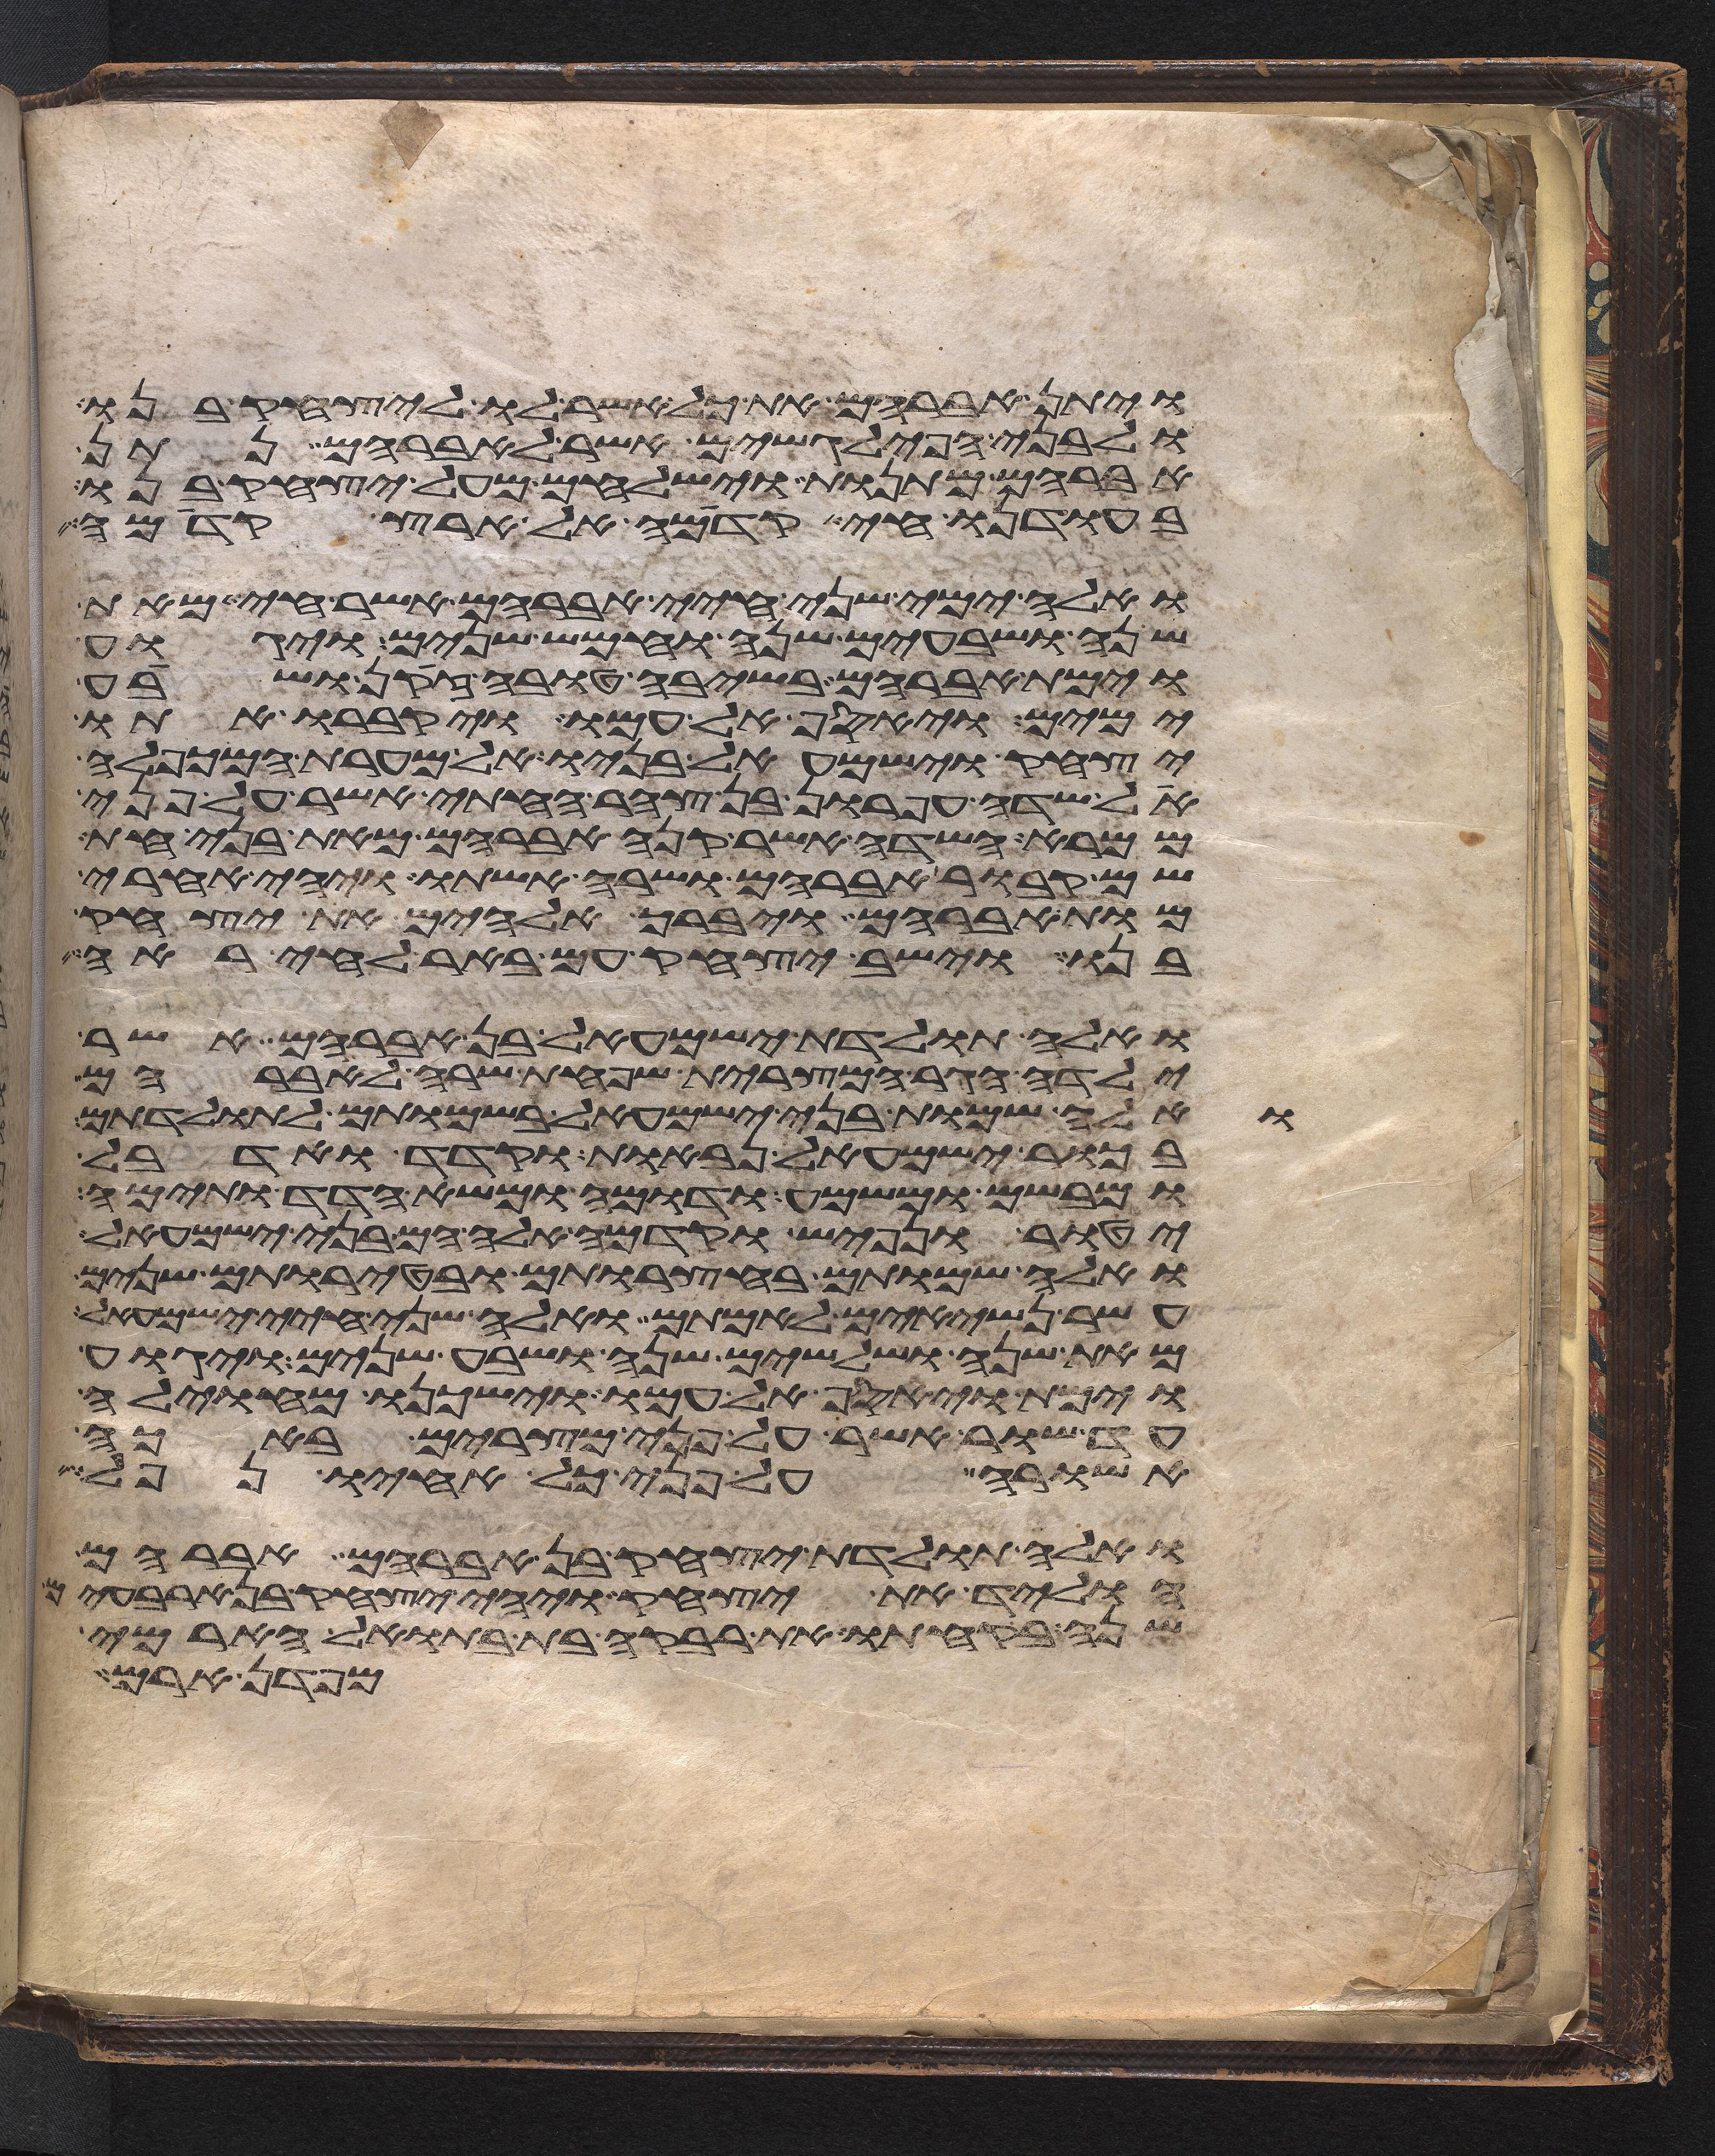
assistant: ויתן אברהם את כל אשר לו ליצחק בנו
ולבני הפילגשים אשר לאברהם נתן
אברהם מתנות וישלחם מעל יצחק בנו
בעודנו חי קדמה אל ארץ קדמה
ואלה ימי שני חיי אברהם אשר חי מאת
שנה ושבעים שנה וחמש שנים ויגוע
וימת אברהם בשיבה טובה זקן ושבע
ימים ויאסף אל עמו ויקברו אתו
יצחק וישמעאל בניו אל מערת המכפלה
אל שדה עפרון בן צהר החתי אשר על פני
ממרא השדה אשר קנה אברהם מאת בני חת
שם קבור אברהם ושרה אשתו ויהי אחרי
מות אברהם ויברך אלהים את יצחק
בנו וישב יצחק עם באר לחי ראי
ואלה תולדת ישמעאל בן אברהם אשר
ילדה הגר המצרית שפחת שרה לאברהם
ואלה שמות בני ישמעאל בשמותם לתולדתם
בכור ישמעאל נבאות וקדד ואדבל
ומבשם ומשמע ודומה ומשא הדד ותימה
יטור נפיש וקדמה אלה הם בני ישמעאל
ואלה שמותם בחצרותם ובטירתם שנים
עשר נשיאים לאמתם ואלה שני חיי ישמעאל
מאת שנה ושלשים שנה ושבע שנים ויגוע
וימת ויאסף אל עמו וישכנו מחוילה
עד שור אשר על פני מצרים באכה
אשורה על פני כל אחיו נפל
ואלה תולדת יצחק בן אברהם אברהם
הוליד את יצחק ויהי יצחק בן ארבעים
שנה בקחתו את רבקה בת בתואל הארמי
מפדן ארם